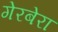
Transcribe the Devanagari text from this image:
गेरबेरा